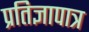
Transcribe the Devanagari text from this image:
प्रतिज्ञापात्र